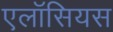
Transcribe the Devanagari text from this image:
एलॉसियस